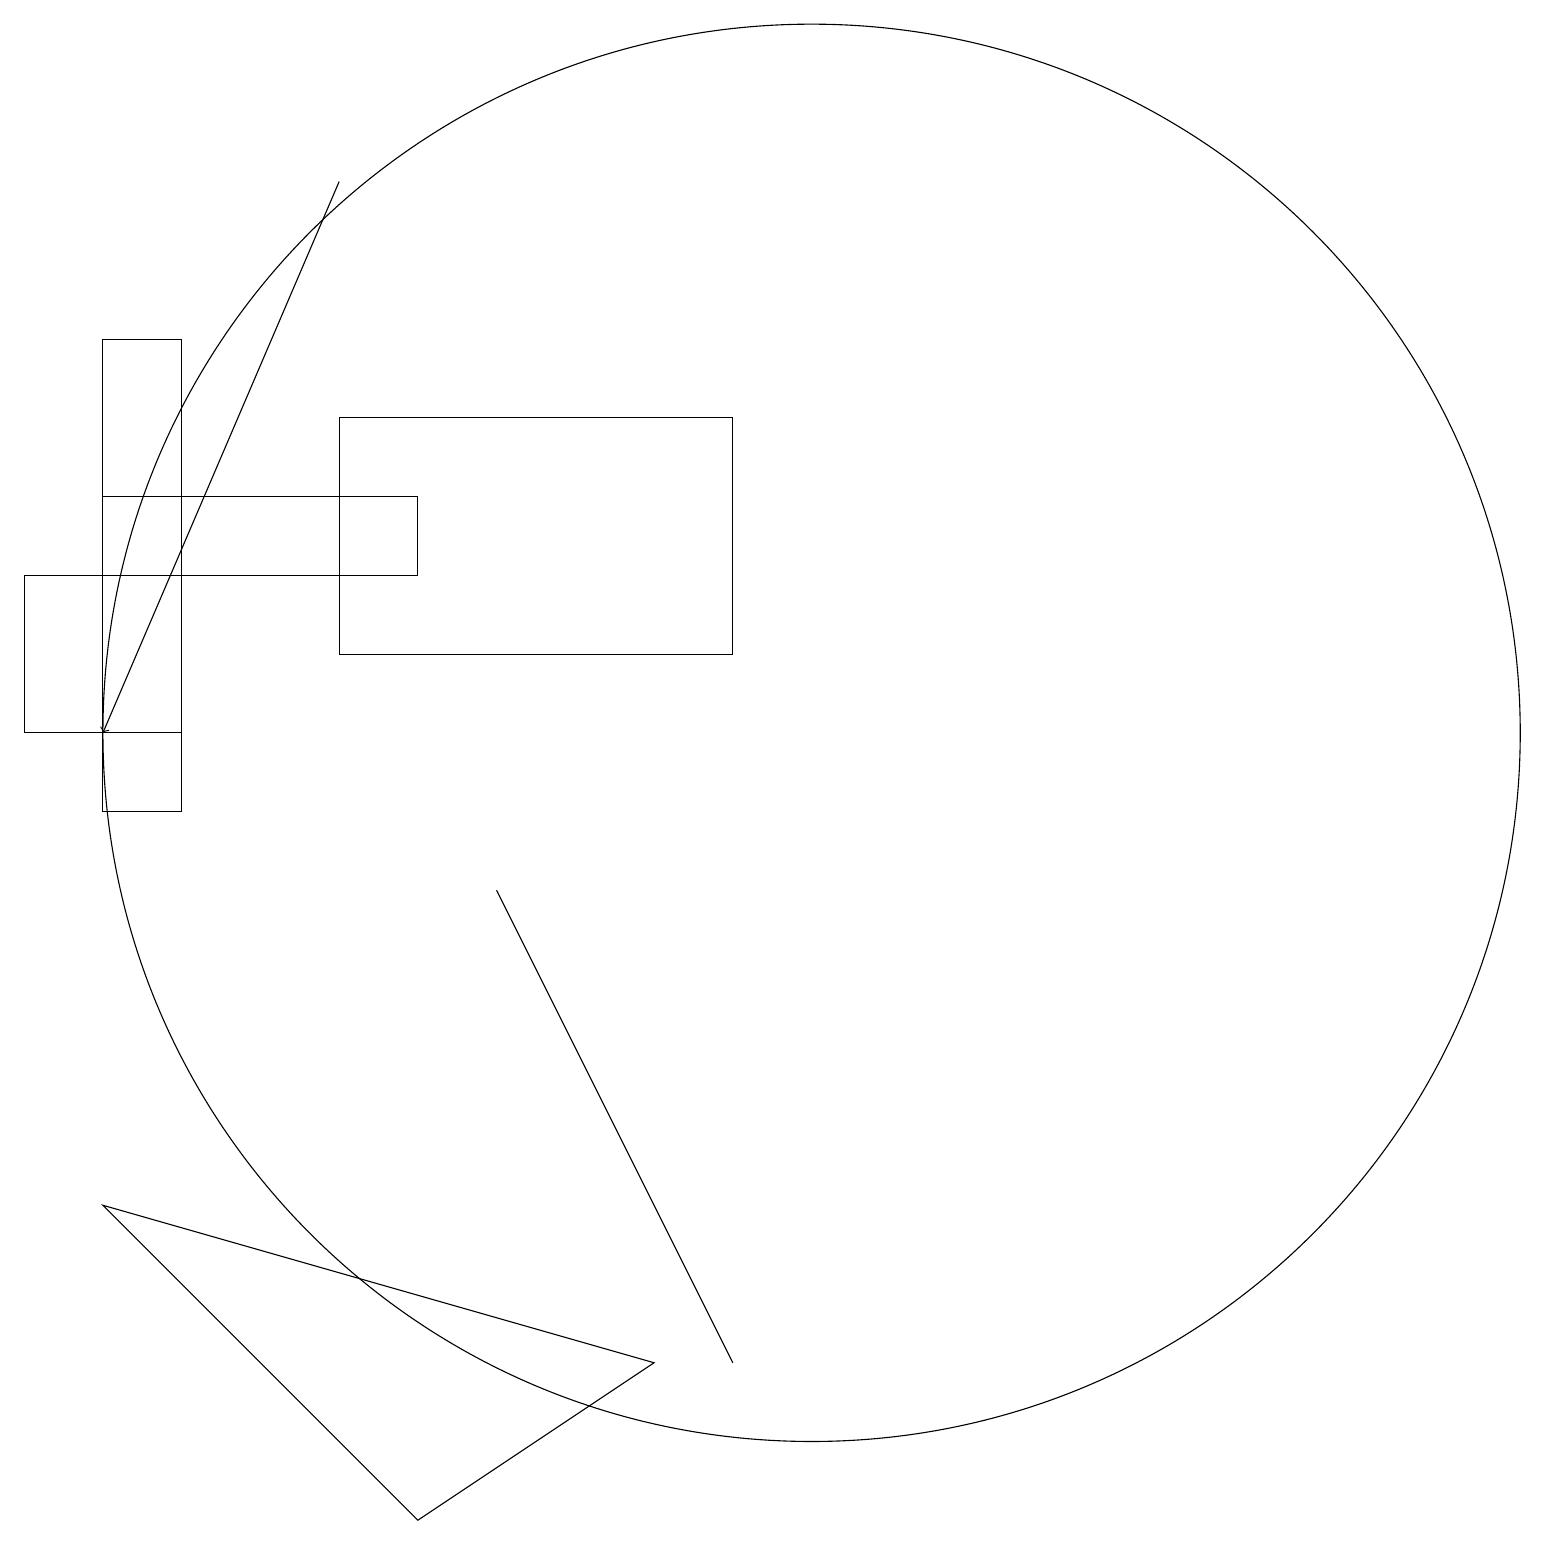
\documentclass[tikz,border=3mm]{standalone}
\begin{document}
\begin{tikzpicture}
\draw (1,10) rectangle (2,16);
\draw[->] (4,18) -- (1,11);
\draw (10,11) circle (9);
\draw (6,9) -- (9,3) -- (8,5) -- cycle;
\draw (2,13) rectangle (0,11);
\draw (5,1) -- (8,3) -- (1,5) -- cycle;
\draw (4,12) rectangle (9,15);
\draw (5,13) rectangle (1,14);
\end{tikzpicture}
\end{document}